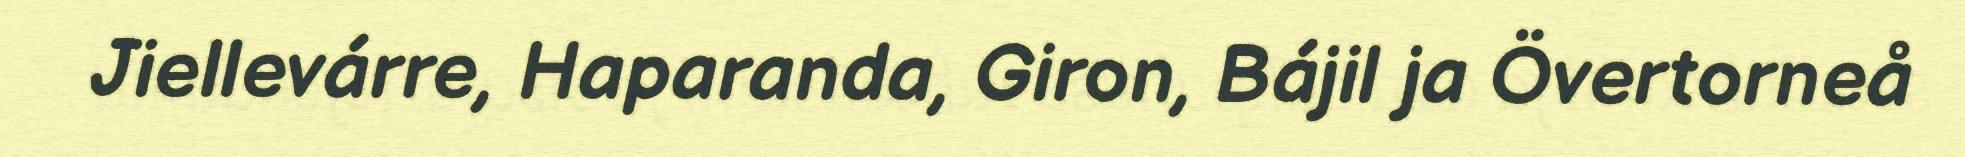
Jiellevárre, Haparanda, Giron, Bájil ja Övertorneå